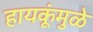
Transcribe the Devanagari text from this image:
हायकूंमुळे